Vaccination in Bombay 1863-1868 - 1863-1868
Year: 1863
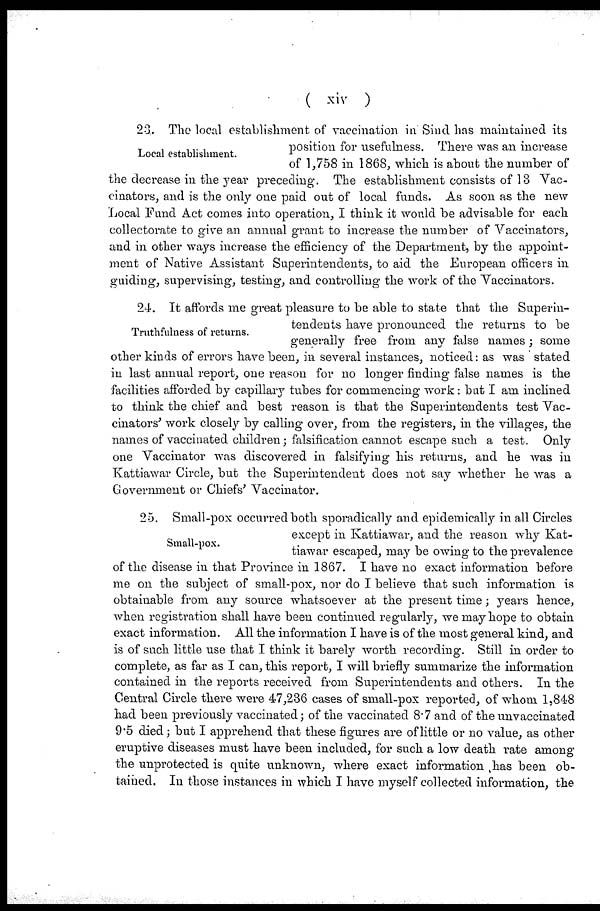
( xiv )
Local establishment.
23. The local establishment of vaccination in Sind has maintained its
position for usefulness. There was an increase
of 1,758 in 1868, which is about the number of
the decrease in the year preceding. The establishment consists of 13 Vac-
cinators, and is the only one paid out of local funds. As soon as the new
Local Fund Act comes into operation, I think it would be advisable for each
collectorate to give an annual grant to increase the number of Vaccinators,
and in other ways increase the efficiency of the Department, by the appoint-
ment of Native Assistant Superintendents, to aid the European officers in
guiding, supervising, testing, and controlling the work of the Vaccinators.
Truthfulness of returns.
24. It affords me great pleasure to be able to state that the Superin-
tendents have pronounced the returns to be
generally free from any false names; some
other kinds of errors have been, in several instances, noticed: as was stated
in last annual report, one reason for no longer finding false names is the
facilities afforded by capillary tubes for commencing work: but I am inclined
to think the chief and best reason is that the Superintendents test Vac-
cinators' work closely by calling over, from the registers, in the villages, the
names of vaccinated children ; falsification cannot escape such a test. Only
one Vaccinator was discovered in falsifying his returns, and he was in
Kattiawar Circle, but the Superintendent does not say whether he was a
Government or Chiefs' Vaccinator.
Small-pox.
25. Small-pox occurred both sporadically and epidemically in all Circles
except in Kattiawar, and the reason why Kat-
tiawar escaped, may be owing to the prevalence
of the disease in that Province in 1867. I have no exact information before
me on the subject of small-pox, nor do I believe that such information is
obtainable from any source whatsoever at the present time; years hence,
when registration shall have been continued regularly, we may hope to obtain
exact information. All the information I have is of the most general kind, and
is of such little use that I think it barely worth recording. Still in order to
complete, as far as I can, this report, I will briefly summarize the information
contained in the reports received from Superintendents and others. In the
Central Circle there were 47,236 cases of small-pox reported, of whom 1,848
had been previously vaccinated; of the vaccinated 8.7 and of the unvaccinated
9.5 died; but I apprehend that these figures are of little or no value, as other
eruptive diseases must have been included, for such a low death rate among
the unprotected is quite unknown, where exact information has been ob-
tained. In those instances in which I have myself collected information, the